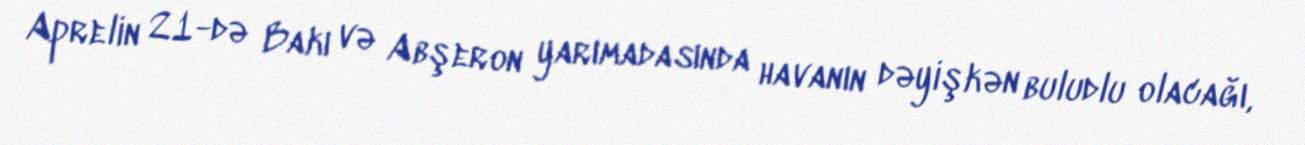
Aprelin 21-də Bakı və Abşeron yarımadasında havanın dəyişkən buludlu olacağı,